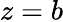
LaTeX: z=b